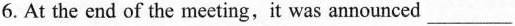
6.At the end of the meeting,it was announced ___